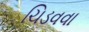
ચિડવવા